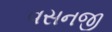
વસનજી